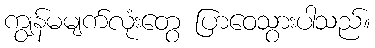
ကျွန်မမျက်လုံးတွေ ပြာဝေသွားပါသည်။